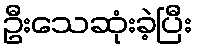
ဦးသေဆုံးခဲ့ပြီး